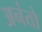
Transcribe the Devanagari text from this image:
अनंतो